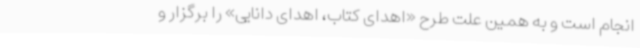
انجام است و به همین علت طرح «اهدای کتاب، اهدای دانایی» را برگزار و